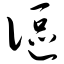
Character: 讴